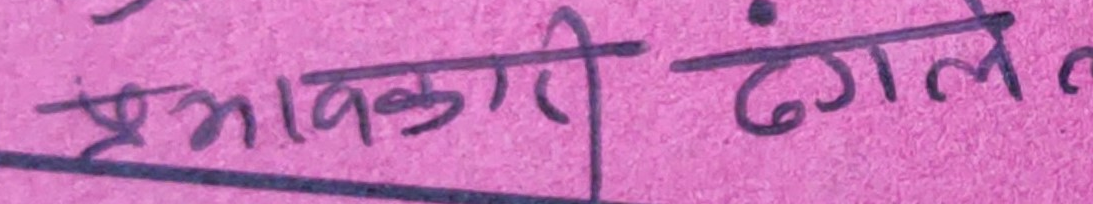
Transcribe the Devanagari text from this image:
प्रभावकारी ढंगले